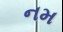
નમ